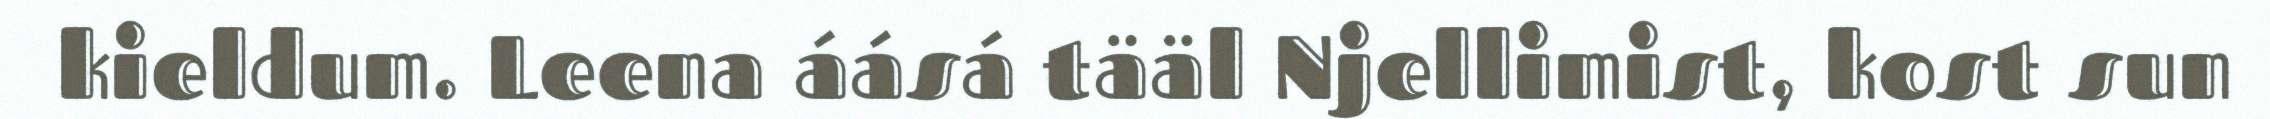
kieldum. Leena áásá tääl Njellimist, kost sun